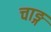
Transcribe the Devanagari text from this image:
चाङ्ग